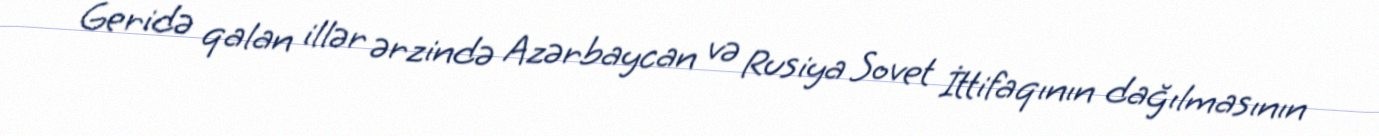
Geridə qalan illər ərzində Azərbaycan və Rusiya Sovet İttifaqının dağılmasının